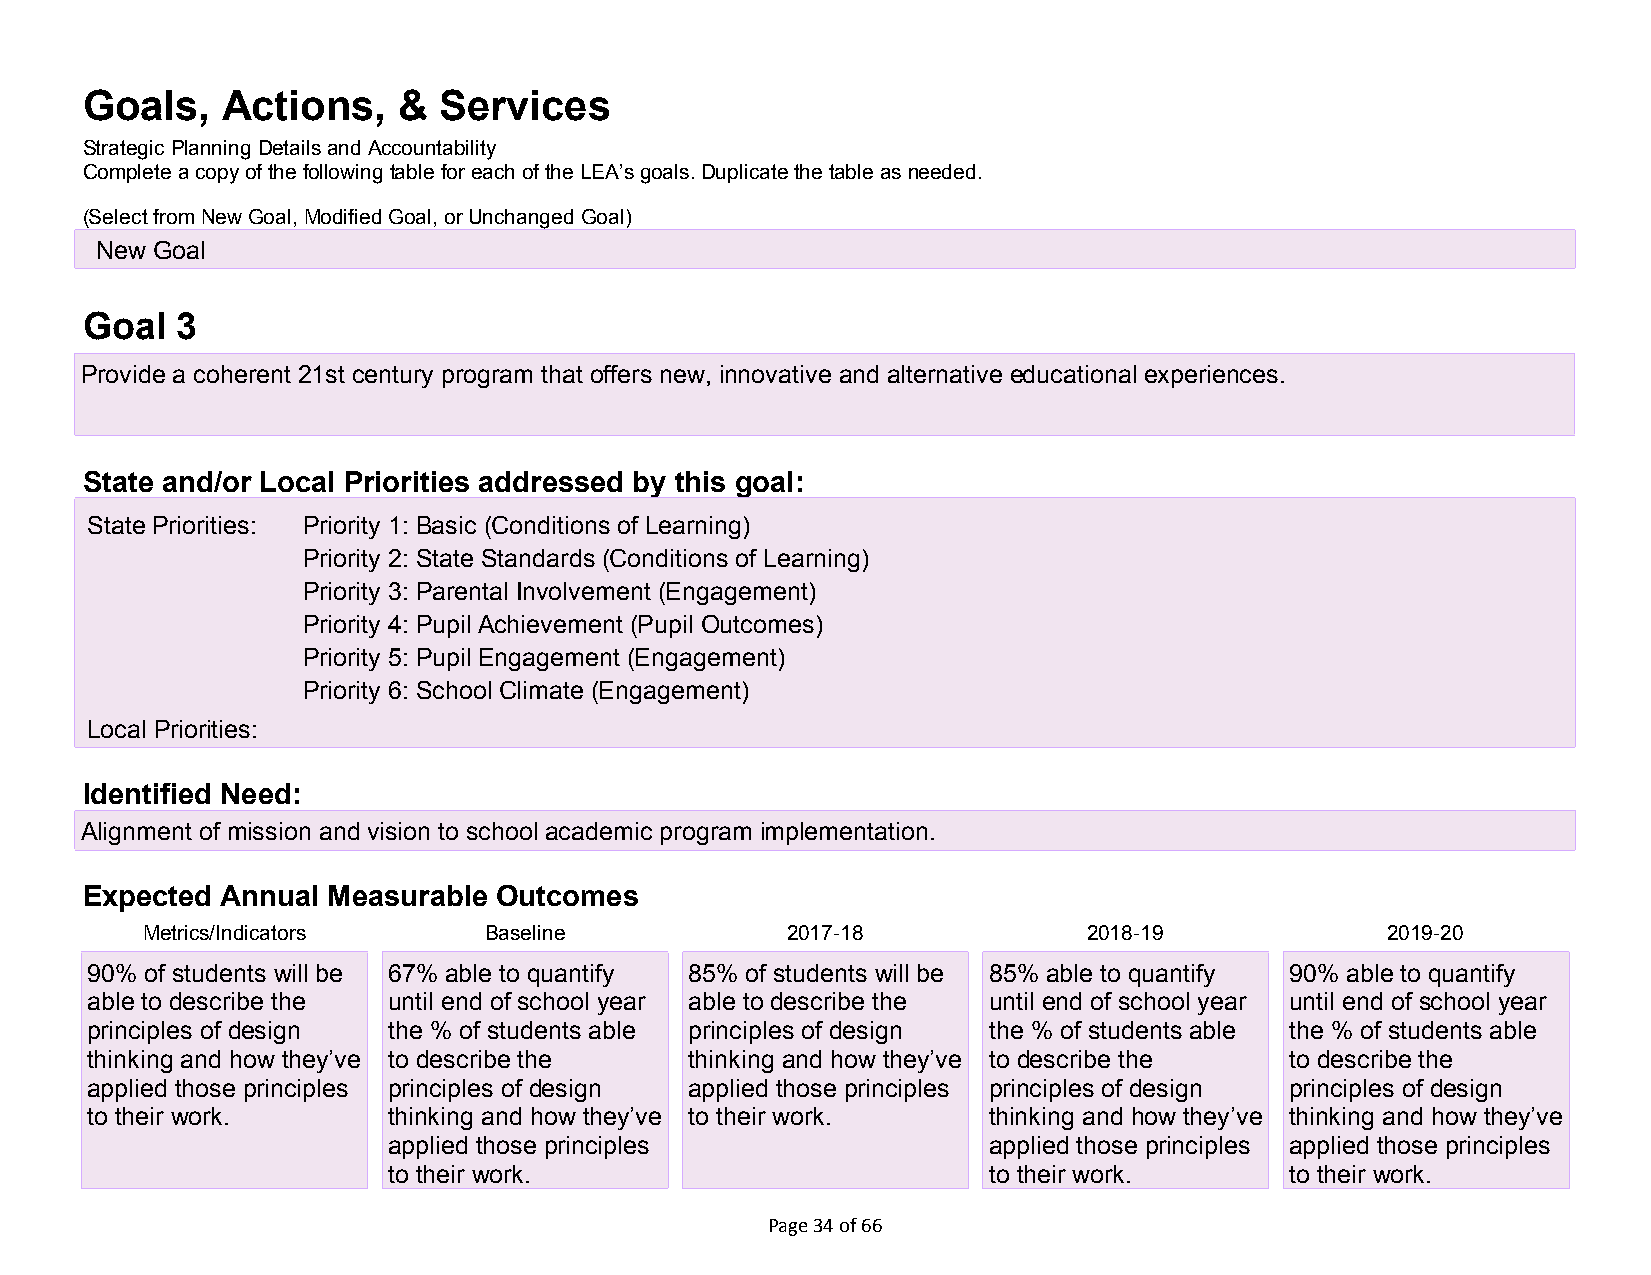
Goals,    Actions,   &  Services
 Strategic Planning Details and Accountability
 Complete a copy of the following table for each of the LEA’s goals. Duplicate the table as needed.
 (Select from New Goal, Modified Goal, or Unchanged Goal)
 New Goal
 Goal   3
 Provide a coherent 21st century program that offers new, innovative and alternative educational experiences.
 State and/or Local Priorities addressed by this goal:
 State Priorities: X Priority 1: Basic (Conditions of Learning)
 X Priority 2: State Standards (Conditions of Learning)
 X Priority 3: Parental Involvement (Engagement)
 X Priority 4: Pupil Achievement (Pupil Outcomes)
 X Priority 5: Pupil Engagement (Engagement)
 X Priority 6: School Climate (Engagement)
 Local Priorities:
 Identified Need:
 Alignment of mission and vision to school academic program implementation.
 Expected  Annual Measurable Outcomes
 Metrics/Indicators     Baseline            2017-18             2018-19             2019-20
 90% of students will be 67% able to quantify 85% of students will be 85% able to quantify 90% able to quantify
 able to describe the until end of school year able to describe the until end of school year until end of school year
 principles of design the % of students able principles of design the % of students able the % of students able
 thinking and how they’ve to describe the thinking and how they’ve to describe the to describe the
 applied those principles principles of design applied those principles principles of design principles of design
 to their work.      thinking and how they’ve to their work. thinking and how they’ve thinking and how they’ve
 applied those principles               applied those principles applied those principles
 to their work.                         to their work.      to their work.
 Page 34 of 66